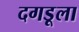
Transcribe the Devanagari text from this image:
दगडूला